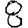
Digit: 8